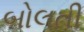
બોલતી